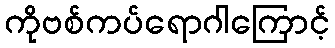
ကိုဗစ်ကပ်ရောဂါကြောင့်